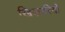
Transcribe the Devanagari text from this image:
खिकारियों